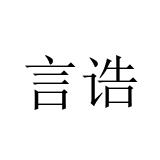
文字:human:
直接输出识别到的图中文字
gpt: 言诰